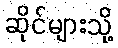
ဆိုင်များသို့